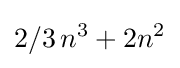
2/3\,n^{3}+2n^{2}